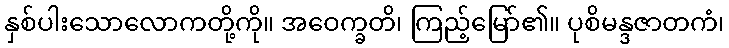
နှစ်ပါးသောလောကတို့ကို။ အဝေက္ခတိ၊ ကြည့်မြော်၏။ ပုစိမန္ဒဇာတကံ၊